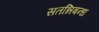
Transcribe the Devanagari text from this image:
सतन्निबन्ध